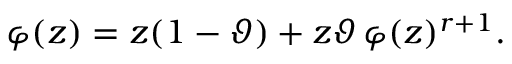
\varphi ( z ) = z ( 1 - \vartheta ) + z \vartheta \, \varphi ( z ) ^ { r + 1 } .